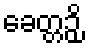
ခေတ္တဉှိ